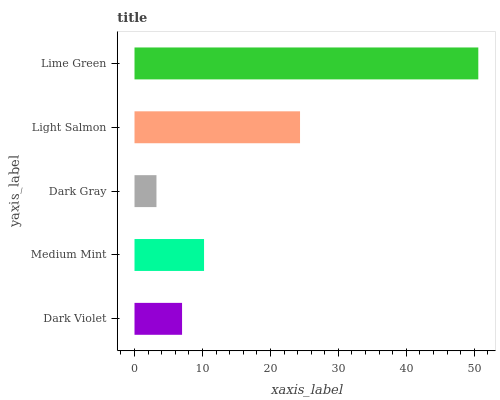
| yaxis_label | bars |
 | --- | --- |
 | Dark Violet | 7 |
 | Medium Mint | 10.2 |
 | Dark Gray | 3.23 |
 | Light Salmon | 24.4 |
 | Lime Green | 50.6 |